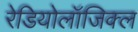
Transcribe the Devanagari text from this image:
रेडियोलॉजिक्ल